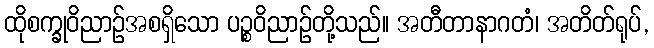
ထိုစက္ခုဝိညာဉ်အစရှိသော ပဉ္စဝိညာဉ်တို့သည်။ အတီတာနာဂတံ၊ အတိတ်ရုပ်,